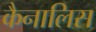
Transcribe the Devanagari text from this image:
कैनालिस